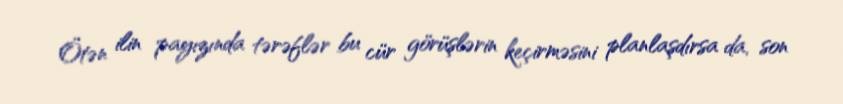
Ötən ilin payızında tərəflər bu cür görüşlərin keçirməsini planlaşdırsa da, son